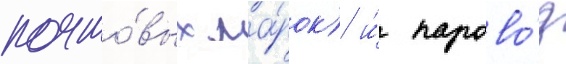
почто́вых ма́рок) и́ парово́з